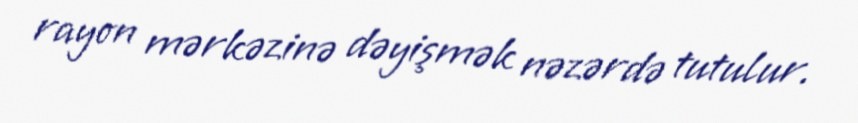
rayon mərkəzinə dəyişmək nəzərdə tutulur.